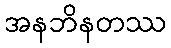
အနဘိနတဿ